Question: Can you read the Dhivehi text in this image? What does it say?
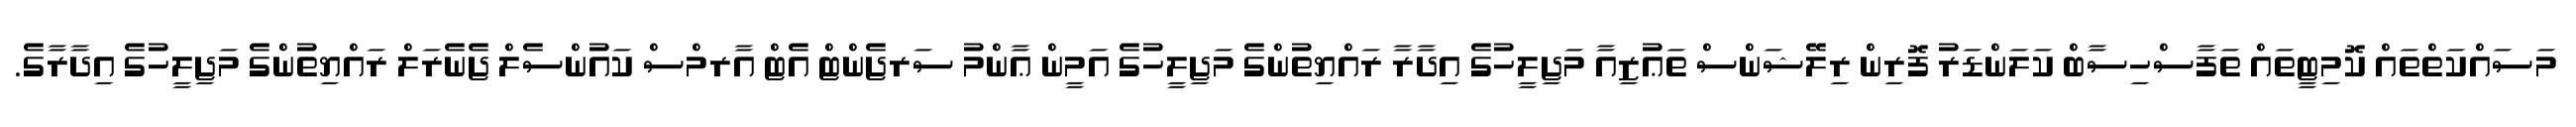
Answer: މަސައްކަތްތައް ކޮމިޓީތައް ތަފާސްހިސާބް ކަލަންޑަރު ފޮރިން ރިލޭޝަންސް ތަޢުޒިއާ މަޖިލީހުގެ އިދާރާ ރައްޔިތުންގެ މަޖިލީހުގެ އަމީން ޢާންމު ސަރޖެންޓް އެޓް އާރމްސް ކައުންސެލް ޖެނެރަލް ރައްޔިތުންގެ މަޖިލީހުގެ އިދާރާގެ.